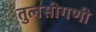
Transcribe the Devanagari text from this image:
तुलसीगणी